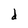
Character: d